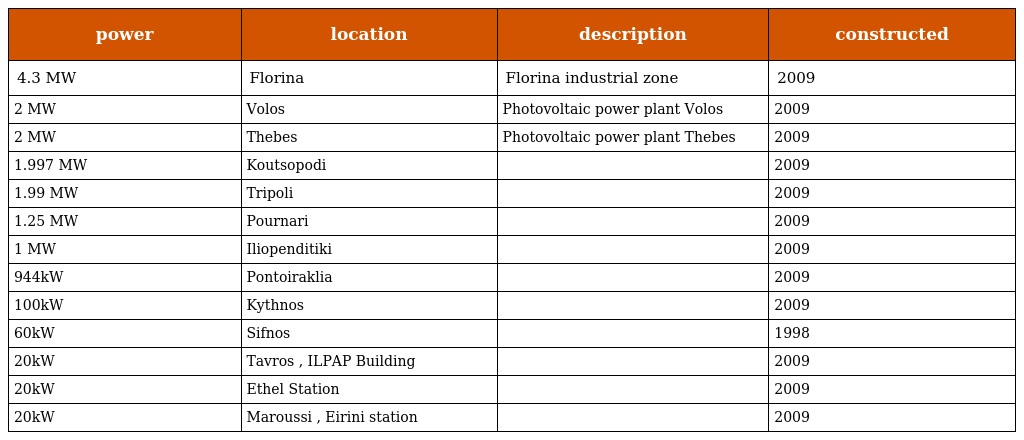
| power | location | description | constructed |
 | --- | --- | --- | --- |
 | 4.3 MW | Florina | Florina industrial zone | 2009 |
 | 2 MW | Volos | Photovoltaic power plant Volos | 2009 |
 | 2 MW | Thebes | Photovoltaic power plant Thebes | 2009 |
 | 1.997 MW | Koutsopodi |  | 2009 |
 | 1.99 MW | Tripoli |  | 2009 |
 | 1.25 MW | Pournari |  | 2009 |
 | 1 MW | Iliopenditiki |  | 2009 |
 | 944kW | Pontoiraklia |  | 2009 |
 | 100kW | Kythnos |  | 2009 |
 | 60kW | Sifnos |  | 1998 |
 | 20kW | Tavros , ILPAP Building |  | 2009 |
 | 20kW | Ethel Station |  | 2009 |
 | 20kW | Maroussi , Eirini station |  | 2009 |